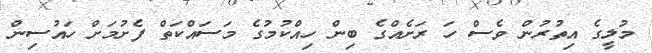
މުލީގެ އިތުރުން ވެސް ހަ ރަށެއްގެ ބިން ހިއްކުމުގެ މަސައްކަތް ފެށުމަށް ހައުސިން